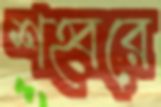
শহ্বরে